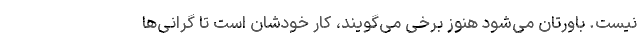
نیست. باورتان می‌شود هنوز برخی می‌گویند، کار خودشان است تا گرانی‌ها